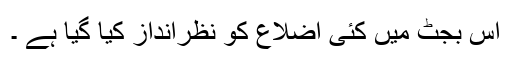
اس بجٹ میں کئی اضلاع کو نظرانداز کیا گیا ہے ۔